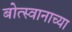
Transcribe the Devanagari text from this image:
बोत्स्वानाच्या